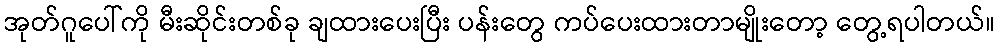
အုတ်ဂူပေါ်ကို မီးဆိုင်းတစ်ခု ချထားပေးပြီး ပန်းတွေ ကပ်ပေးထားတာမျိုးတော့ တွေ့ရပါတယ်။